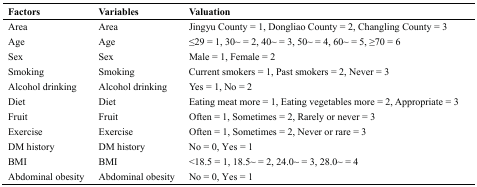
<table><thead><tr><td><b>Factors</b></td><td><b>Variables</b></td><td><b>Valuation</b></td></tr></thead><tbody><tr><td>Area</td><td>Area</td><td>Jingyu County = 1, Dongliao County = 2, Changling County = 3</td></tr><tr><td>Age</td><td>Age</td><td>≤29 = 1, 30~ = 2, 40~ = 3, 50~ = 4, 60~ = 5, ≥70 = 6</td></tr><tr><td>Sex</td><td>Sex</td><td>Male = 1, Female = 2</td></tr><tr><td>Smoking</td><td>Smoking</td><td>Current smokers = 1, Past smokers = 2, Never = 3</td></tr><tr><td>Alcohol drinking</td><td>Alcohol drinking</td><td>Yes = 1, No = 2</td></tr><tr><td>Diet Fruit</td><td>Diet Fruit</td><td>Eating meat more = 1, Eating vegetables more = 2, Appropriate = 3 Often = 1, Sometimes = 2, Rarely or never = 3</td></tr><tr><td>Exercise</td><td>Exercise</td><td>Often = 1, Sometimes = 2, Never or rare = 3</td></tr><tr><td>DM history</td><td>DM history</td><td>No = 0, Yes = 1</td></tr><tr><td>BMI</td><td>BMI</td><td>&lt;18.5 = 1, 18.5~ = 2, 24.0~ = 3, 28.0~ = 4</td></tr><tr><td>Abdominal obesity</td><td>Abdominal obesity</td><td>No = 0, Yes = 1</td></tr></tbody></table>